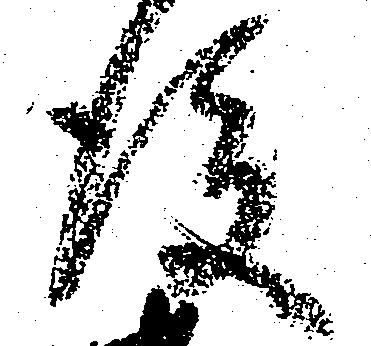
後